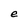
Character: e